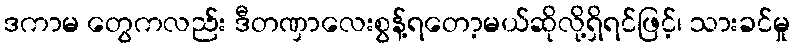
ဒကာမ တွေကလည်း ဒီတဏှာလေးစွန့်ရတော့မယ်ဆိုလို့ရှိရင်ဖြင့်၊ သားခင်မှု